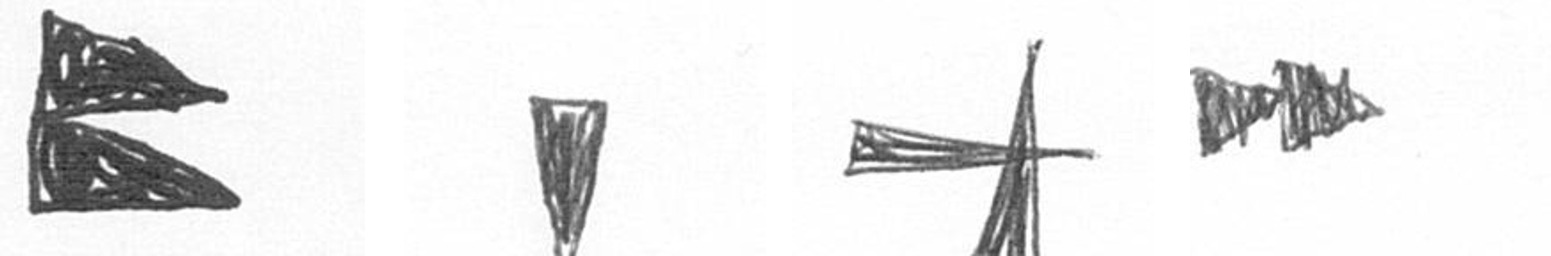
P J G A